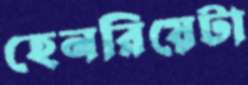
হেনরিয়েটা